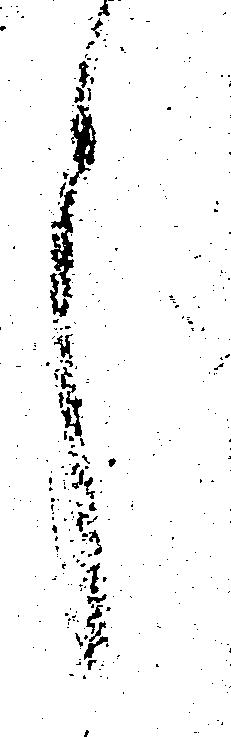
言